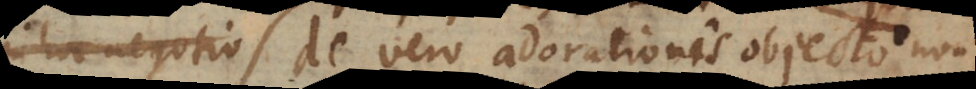
ando de vero adorationis objecto non